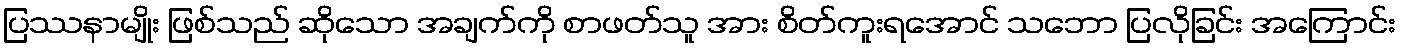
ပြဿနာမျိုး ဖြစ်သည် ဆိုသော အချက်ကို စာဖတ်သူ အား စိတ်ကူးရအောင် သဘော ပြလိုခြင်း အကြောင်း